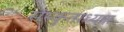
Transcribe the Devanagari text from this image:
संस्कृताध्यक्ष